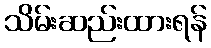
သိမ်းဆည်းထားရန်